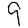
Digit: 9